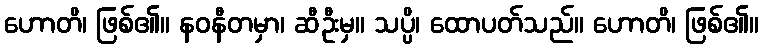
ဟောတိ၊ ဖြစ်၏။ နဝနီတမှာ၊ ဆီဦးမှ။ သပ္ပိ၊ ထောပတ်သည်။ ဟောတိ၊ ဖြစ်၏။